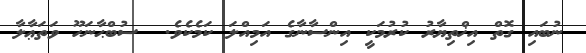
ނުބައި ގޮތް އިޚްތިޔާރު ކުރުމަކީ އިންސާނާގެ އަމިއްލަ ކަމެކެވެ.  ސުބްޙާނަހޫ ވަތަޢާލާ